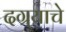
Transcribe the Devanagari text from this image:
दग्र्याचे